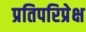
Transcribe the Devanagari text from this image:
प्रतिपरिप्रेक्ष